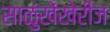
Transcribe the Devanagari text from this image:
साळुंखेंखेरीज